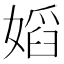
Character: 嫍